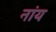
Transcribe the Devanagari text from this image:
नांय